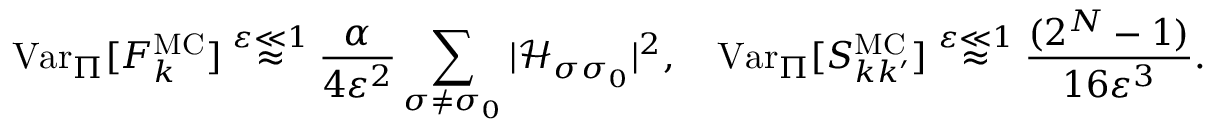
\mathrm { V a r } _ { \Pi } [ F _ { k } ^ { \mathrm { M C } } ] \stackrel { \varepsilon \ll 1 } { \approx } \frac { \alpha } { 4 \varepsilon ^ { 2 } } \sum _ { \sigma \neq \sigma _ { 0 } } | \mathcal { H } _ { \sigma \sigma _ { 0 } } | ^ { 2 } , \quad \mathrm { V a r } _ { \Pi } [ S _ { k k ^ { \prime } } ^ { \mathrm { M C } } ] \stackrel { \varepsilon \ll 1 } { \approx } \frac { ( 2 ^ { N } - 1 ) } { 1 6 \varepsilon ^ { 3 } } .